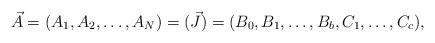
LaTeX: \begin{align*} \vec{A} = (A_1, A_2, \dots, A_N) = (\vec{J}) = (B_0, B_1, \dots, B_b, C_1, \dots, C_c), \end{align*}